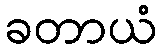
ခတာယံ